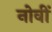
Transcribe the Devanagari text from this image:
नोवीं